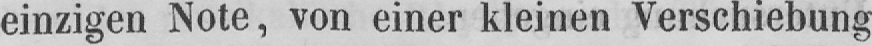
einzigen Note, von einer kleinen Verschiebung